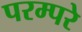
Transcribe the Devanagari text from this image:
परम्परे